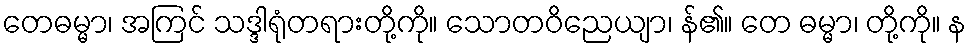
တေဓမ္မာ၊ အကြင် သဒ္ဒါရုံတရားတို့ကို။ သောတဝိညေယျာ၊ န်၏။ တေ ဓမ္မာ၊ တို့ကို။ န